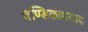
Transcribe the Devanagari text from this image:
चण्डिकाप्रसाद